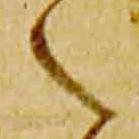
之